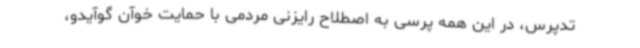
تدپرس، در این همه پرسی به اصطلاح رایزنی مردمی با حمایت خوآن گوآیدو،